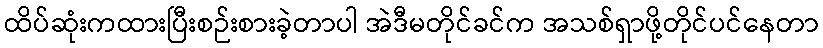
ထိပ်ဆုံးကထားပြီးစဉ်းစားခဲ့တာပါ အဲဒီမတိုင်ခင်က အသစ်ရှာဖို့တိုင်ပင်နေတာ